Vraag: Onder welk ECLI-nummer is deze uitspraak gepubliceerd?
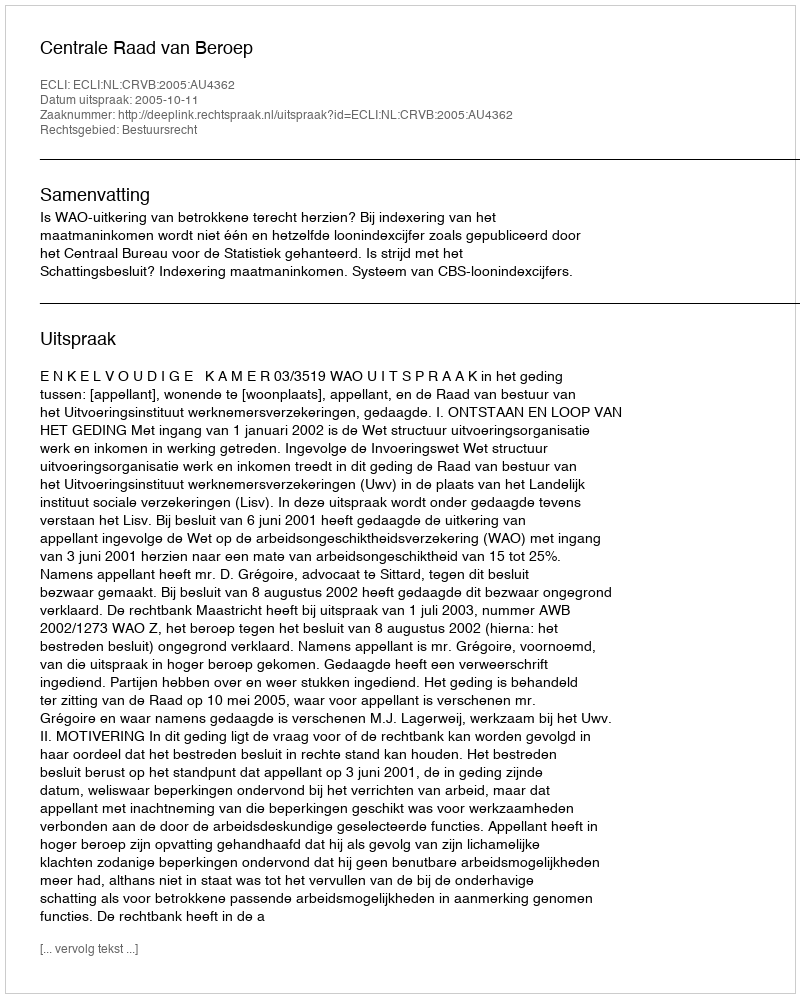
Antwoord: ECLI:NL:CRVB:2005:AU4362